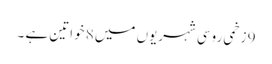
9 زخمی روسی شہریوں میں 8 خواتین ہے ۔